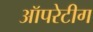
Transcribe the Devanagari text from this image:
ऑपरेटीग